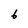
Character: 2